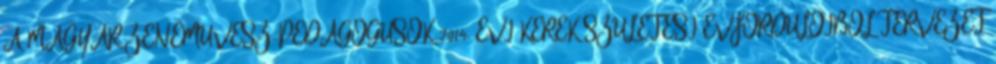
A MAGYAR ZENEMŰVÉSZ-PEDAGÓGUSOK 2014. ÉVI KEREK SZÜLETÉSI ÉVFORDULÓIBÓL TERVEZET